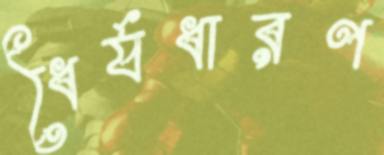
ধৈর্যধারণ